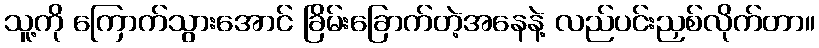
သူ့ကို ကြောက်သွားအောင် ခြိမ်းခြောက်တဲ့အနေနဲ့ လည်ပင်းညှစ်လိုက်တာ။